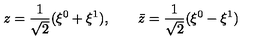
z = { \frac { 1 } { \sqrt 2 } } ( \xi ^ { 0 } + \xi ^ { 1 } ) , \qquad \bar { z } = { \frac { 1 } { \sqrt 2 } } ( \xi ^ { 0 } - \xi ^ { 1 } )